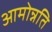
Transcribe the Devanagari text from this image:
आमोन्नति